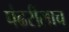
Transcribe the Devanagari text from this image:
पंढरीलाच